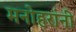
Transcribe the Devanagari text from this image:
मनोहरांनी